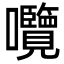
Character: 囕